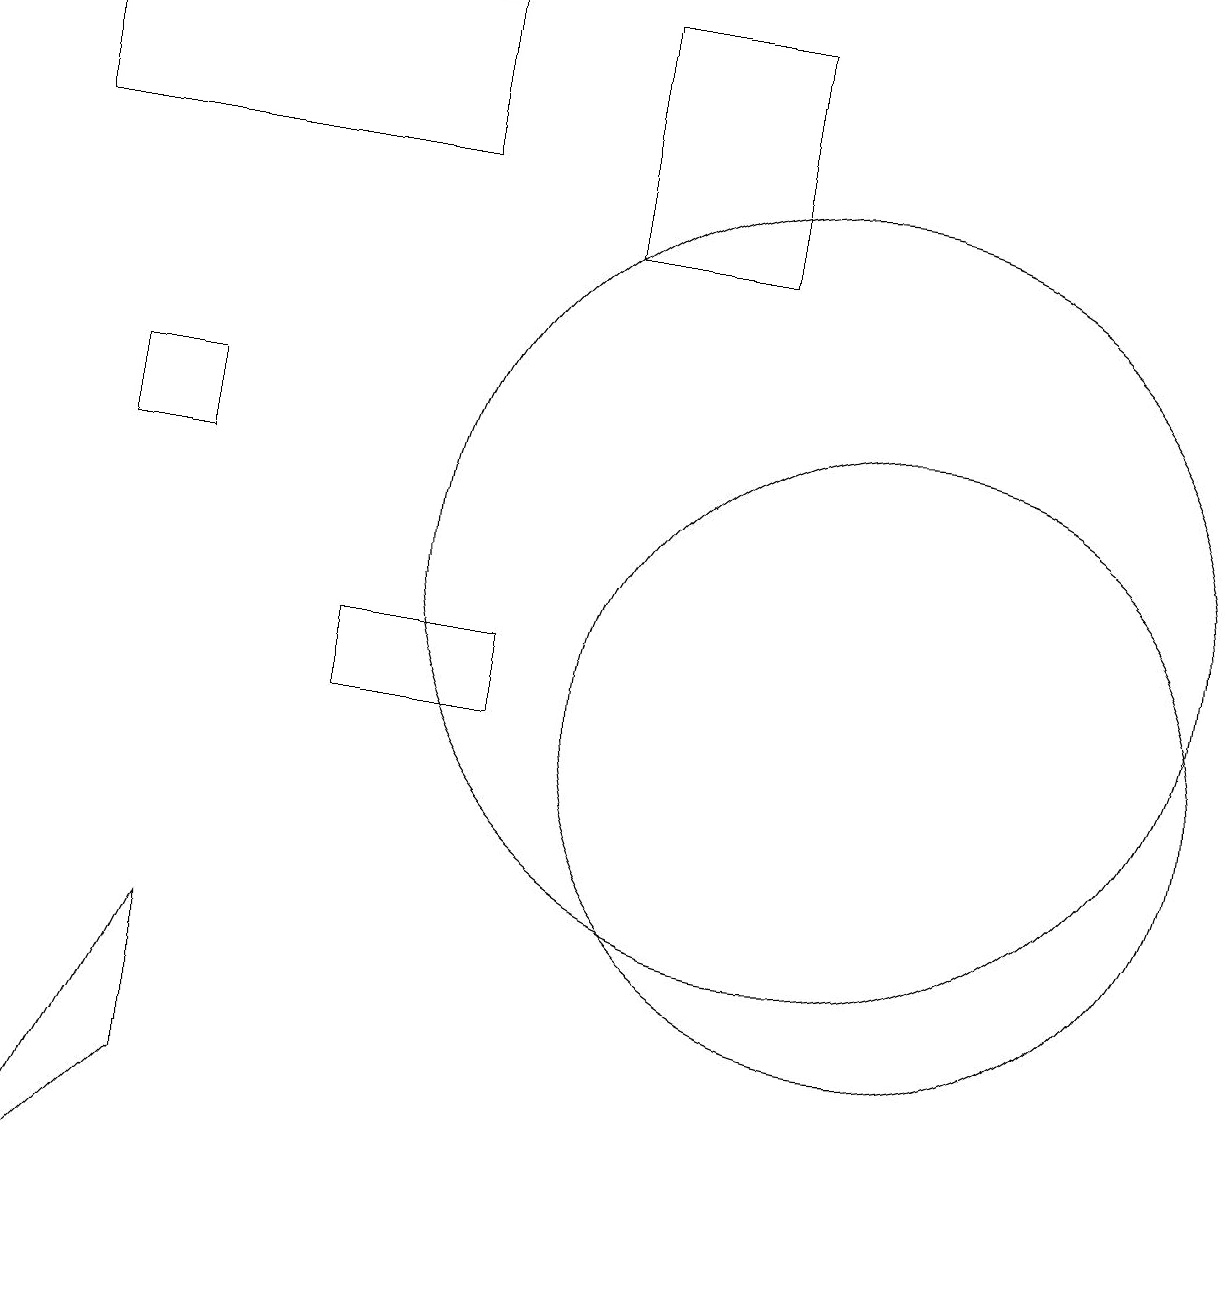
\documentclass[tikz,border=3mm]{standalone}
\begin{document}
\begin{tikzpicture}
\draw (6,11) rectangle (4,10);
\draw (11,10) circle (4);
\draw (1,13) rectangle (2,14);
\draw (5,19) rectangle (0,17);
\draw (7,19) rectangle (9,16);
\draw (10,12) circle (5);
\draw (2,7) -- (2,5) -- (0,3) -- cycle;
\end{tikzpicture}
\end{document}